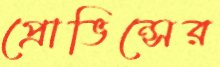
প্রোভিন্সের